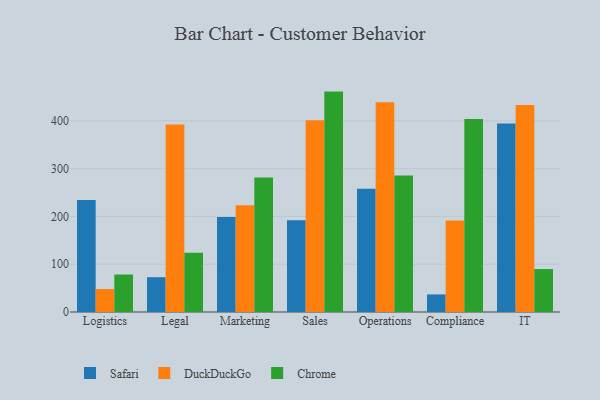
{"axis": {"x": "Department", "y": "Satisfaction Score"}, "legend": ["Chrome", "DuckDuckGo", "Safari"], "data": [{"x": "Logistics", "y": 234.4, "type": "Safari"}, {"x": "Logistics", "y": 48.0, "type": "DuckDuckGo"}, {"x": "Logistics", "y": 78.4, "type": "Chrome"}, {"x": "Legal", "y": 72.8, "type": "Safari"}, {"x": "Legal", "y": 392.4, "type": "DuckDuckGo"}, {"x": "Legal", "y": 124.1, "type": "Chrome"}, {"x": "Marketing", "y": 198.9, "type": "Safari"}, {"x": "Marketing", "y": 223.6, "type": "DuckDuckGo"}, {"x": "Marketing", "y": 281.3, "type": "Chrome"}, {"x": "Sales", "y": 191.9, "type": "Safari"}, {"x": "Sales", "y": 401.1, "type": "DuckDuckGo"}, {"x": "Sales", "y": 461.2, "type": "Chrome"}, {"x": "Operations", "y": 257.8, "type": "Safari"}, {"x": "Operations", "y": 438.8, "type": "DuckDuckGo"}, {"x": "Operations", "y": 285.7, "type": "Chrome"}, {"x": "Compliance", "y": 36.8, "type": "Safari"}, {"x": "Compliance", "y": 191.5, "type": "DuckDuckGo"}, {"x": "Compliance", "y": 404.0, "type": "Chrome"}, {"x": "IT", "y": 394.2, "type": "Safari"}, {"x": "IT", "y": 433.2, "type": "DuckDuckGo"}, {"x": "IT", "y": 89.9, "type": "Chrome"}]}